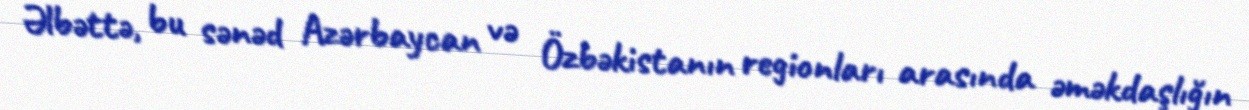
Əlbəttə, bu sənəd Azərbaycan və Özbəkistanın regionları arasında əməkdaşlığın